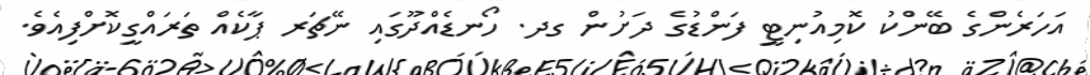
އަހަރެންގެ ބޭންކު ކޮމިއުނިޓީ ފަންޑުގެ ދަށުން ގދ. ހޯނޑެއްދޫގައި ނޭޗަރ ޕާކެއް ތަރައްގީކޮށްފިއެވެ.